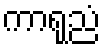
ကာရုညံ